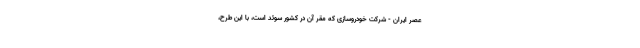
عصر ایران - شرکت خودروسازی که مقر آن در کشور سوئد است، با این طرح،